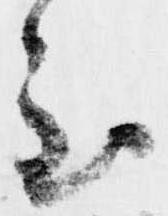
至